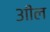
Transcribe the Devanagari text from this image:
३ाील